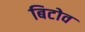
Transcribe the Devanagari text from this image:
बिटोव